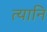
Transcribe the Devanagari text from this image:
त्यानि